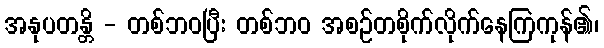
အနုပတန္တိ - တစ်ဘဝပြီး တစ်ဘဝ အစဉ်တစိုက်လိုက်နေကြကုန်၏၊